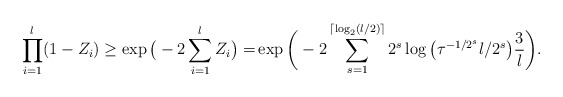
\begin{align*} \prod_{i=1}^{l} (1 - Z_i) \ge \exp\big( - 2\sum_{i=1}^{l} Z_i \big) =& \exp \bigg( - 2\sum_{s=1}^{ \lceil \log_2(l/2) \rceil } 2^s \log\big(\tau^{-1/2^s} l/2^s\big) \frac{3}{l} \bigg).\end{align*}